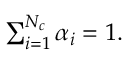
\begin{array} { r } { \sum _ { i = 1 } ^ { N _ { c } } \alpha _ { i } = 1 . } \end{array}